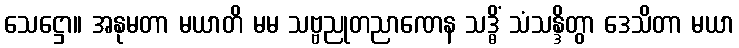
သေဋ္ဌော။ အနုမတာ မယာတိ မမ သဗ္ဗညုတညာဏေန သဒ္ဓိံ သံသန္ဒိတွာ ဒေသိတာ မယာ